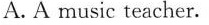
A. A music teacher.